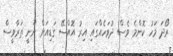
ރޯދަ މަހު ކޮންމެ ވެސް ދުވަހެއްގައި އިރު އޮއްސޭ ގަޑިއަށް ނޫނީ ތަރާވީސް